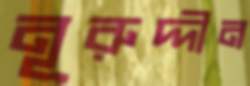
নূরুদ্দীন